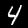
Label: 4